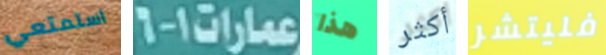
استمتعي عمارات1-6 هذا أكثر فليتشر